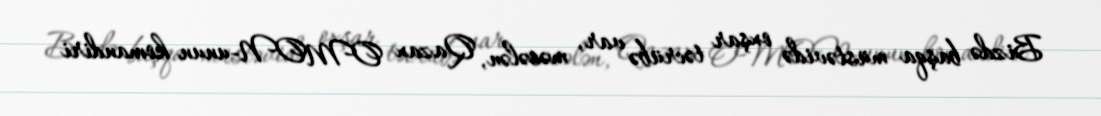
Bizdə başqa müstəvidə oxşar təcrübə var, məsələn, Qazax OMON-unun komandiri